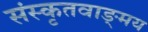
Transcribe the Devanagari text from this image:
संस्कृतवाङ्‌मय